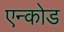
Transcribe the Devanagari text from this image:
एन्कोड